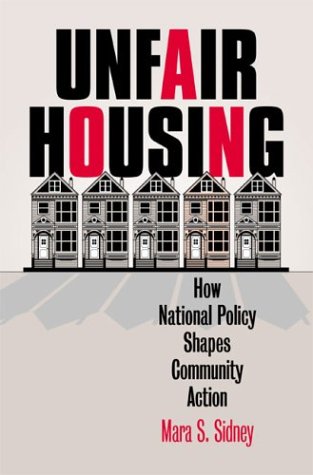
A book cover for Unfair Housing: How National Policy Shapes Community Action (Studies in Government and Public Policy); Mara S. Sidney; Law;